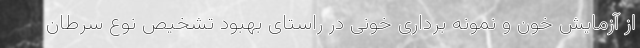
از آزمایش خون و نمونه‌ برداری خونی در راستای بهبود تشخیص نوع سرطان